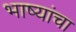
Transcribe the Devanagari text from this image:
भाष्यांचा